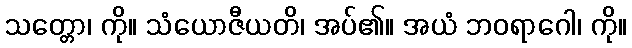
သတ္တော၊ ကို။ သံယောဇီယတိ၊ အပ်၏။ အယံ ဘဝရာဂေါ၊ ကို။